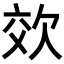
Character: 𭭉